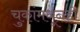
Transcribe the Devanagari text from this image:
चुकांमधूनही